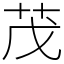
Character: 茂